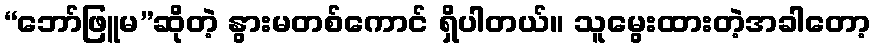
“ဘော်ဖြူမ”ဆိုတဲ့ နွားမတစ်ကောင် ရှိပါတယ်။ သူမွေးထားတဲ့အခါတော့